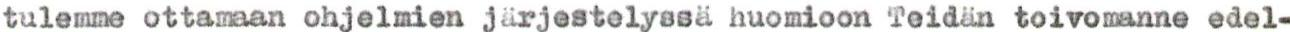
tulemme ottamaan ohjelmien järjestelyssä huomioon Teidän toivomanne edel-